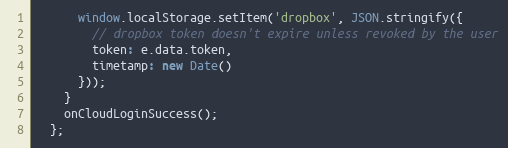
Language: JavaScript
      window.localStorage.setItem('dropbox', JSON.stringify({
        // dropbox token doesn't expire unless revoked by the user
        token: e.data.token,
        timetamp: new Date()
      }));
    }
    onCloudLoginSuccess();
  };